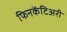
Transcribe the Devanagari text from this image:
फिनकेंटिअरी